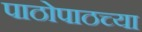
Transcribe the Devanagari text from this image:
पाठोपाठच्या